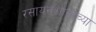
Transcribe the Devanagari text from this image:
रसायनशास्राच्या